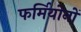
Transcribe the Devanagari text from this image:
फर्मियोनों